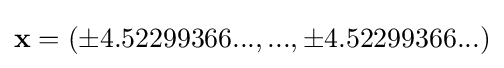
\mathbf {x} =(\pm 4.52299366...,...,\pm 4.52299366...)